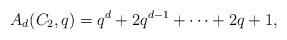
LaTeX: \begin{align*}A_d(C_2,q)=q^d+2q^{d-1}+\cdots + 2q+1,\end{align*}